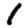
Digit: 1